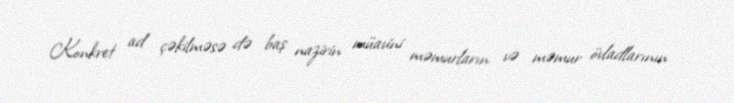
Konkret ad çəkilməsə də baş nazirin müavini məmurların və məmur övladlarının